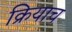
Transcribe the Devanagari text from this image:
क्रियाच